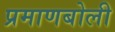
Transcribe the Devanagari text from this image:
प्रमाणबोली